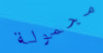
محمولة